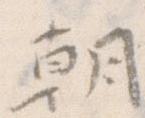
朝